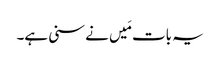
یہ بات مَیں نے سنی ہے۔